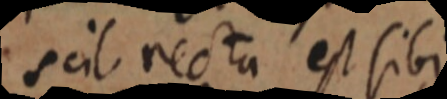
scil recta est sibi